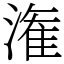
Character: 潅